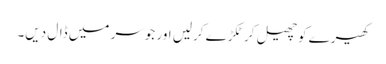
کھیرے کو چھیل کر ٹکڑے کرلیں اور جوسر میں ڈال دیں۔